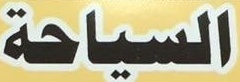
السیاحة